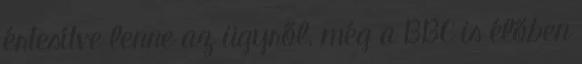
értesítve lenne az ügyről, még a BBC is élőben